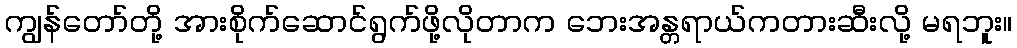
ကျွန်တော်တို့ အားစိုက်ဆောင်ရွက်ဖို့လိုတာက ဘေးအန္တရာယ်ကတားဆီးလို့ မရဘူး။